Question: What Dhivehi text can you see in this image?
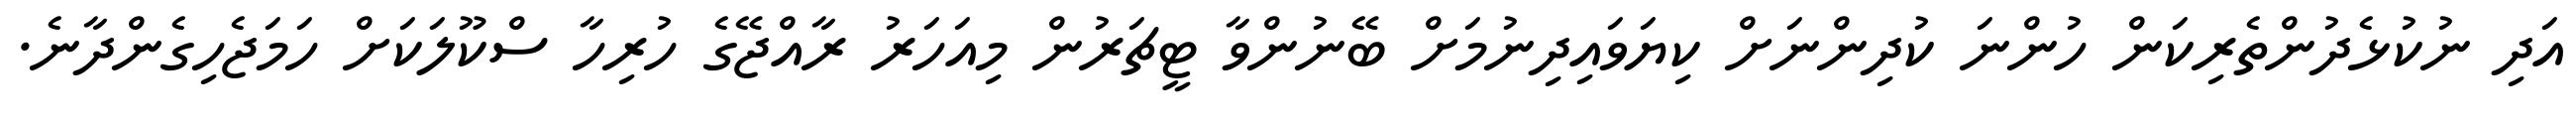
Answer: އަދި ނުކުޅެދުންތެރިކަން ހުންނަ ކުދިންނަށް ކިޔަވައިދިނުމަށް ބޭނުންވާ ޓީޗަރުން މިއަހަރު ރާއްޖޭގެ ހުރިހާ ސްކޫލަކަށް ހަމަޖެހިގެންދާނެ.